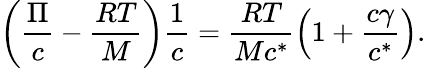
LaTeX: \left(\frac{\Pi}{c}-\frac{RT}{M}\right)\frac{1}{c}=\frac{RT}{Mc^{*}}\left(1+\frac{c\gamma}{c^{*}}\right).